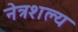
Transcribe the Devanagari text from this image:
नेत्रशल्य